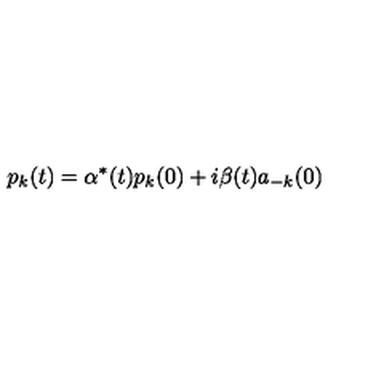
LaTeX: p _ { k } ( t ) = \alpha ^ { * } ( t ) p _ { k } ( 0 ) + i \beta ( t ) a _ { - k } ( 0 )